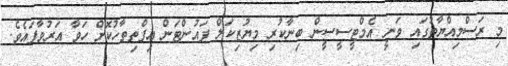
މި ރަސްމިއްޔާތުގައި ވަނީ އެމްޓީސީސީން ބިނާކުރި މިޔުޒިކަލް ފައުންޓަން އިފްތިތާހުކޮށް ހަވާ އަރުވާފައެވެ.